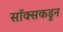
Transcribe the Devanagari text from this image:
सॉक्सकडून